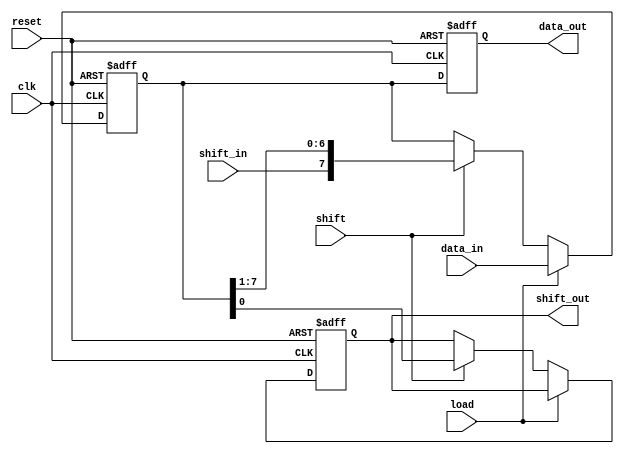
module ParameterizedShiftRegister #(
    parameter WIDTH = 8, // The width of the shift register
    parameter MODE  = "SIPO" // Operational mode: "SIPO", "PISO", or "SHIFT"
)(
    input wire clk,           // Clock signal
    input wire reset,         // Asynchronous reset signal
    input wire [WIDTH-1:0] data_in, // Input data for parallel load (for PISO mode)
    input wire shift_in,      // Serial input data (for SIPO mode)
    input wire load,          // Control signal for parallel load
    input wire shift,         // Control signal for shifting
    output reg [WIDTH-1:0] data_out, // Output data for SIPO mode
    output reg shift_out      // Serial output data for SIPO mode
);

    reg [WIDTH-1:0] shift_reg; // Shift register storage

    // Asynchronous reset and shifting/loading logic
    always @(posedge clk or posedge reset) begin
        if (reset) begin
            shift_reg <= {WIDTH{1'b0}}; // Reset register to 0
            data_out <= {WIDTH{1'b0}};  // Reset output to 0
            shift_out <= 1'b0;           // Reset shift output to 0
        end else begin
            case (MODE)
                "SIPO": begin
                    if (load) begin
                        shift_reg <= data_in; // Parallel load
                    end else if (shift) begin
                        shift_out <= shift_reg[0]; // Shift out the least significant bit
                        shift_reg <= {shift_in, shift_reg[WIDTH-1:1]}; // Shift left
                    end
                    data_out <= shift_reg; // Output the current state of the register
                end

                "PISO": begin
                    if (load) begin
                        shift_reg <= data_in; // Parallel load
                    end else if (shift) begin
                        shift_out <= shift_reg[WIDTH-1]; // Shift out the most significant bit
                        shift_reg <= {shift_reg[WIDTH-2:0], 1'b0}; // Shift right
                    end
                end

                "SHIFT": begin
                    if (load) begin
                        shift_reg <= data_in; // Parallel load
                    end else if (shift) begin
                        shift_out <= shift_reg[WIDTH-1]; // Shift out the most significant bit
                        shift_reg <= {shift_reg[WIDTH-2:0], 1'b0}; // Shift right
                    end
                end

                default: begin
                    shift_reg <= shift_reg; // No operation for invalid mode
                end
            endcase
        end
    end

endmodule